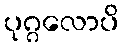
ပုဂ္ဂလောပိ